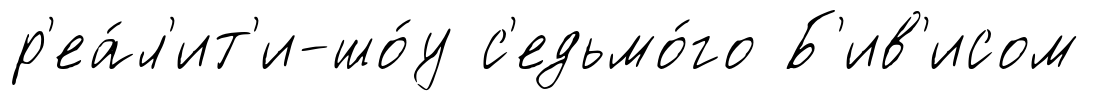
р'еа́л'ит'и-шо́у с'едьмо́го Б'ив'исом